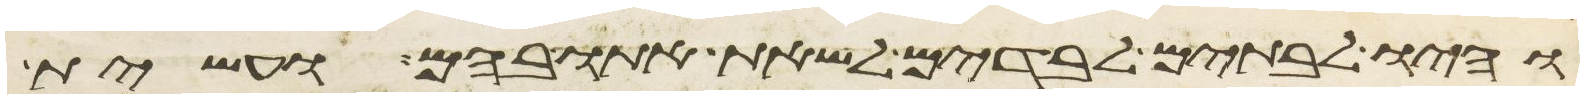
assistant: והיו לבתים לבדים לשאת אתו בהם ועשית